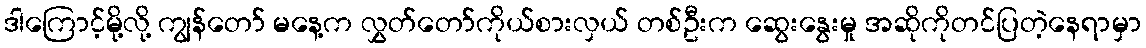
ဒါကြောင့်မို့လို့ ကျွန်တော် မနေ့က လွှတ်တော်ကိုယ်စားလှယ် တစ်ဦးက ဆွေးနွေးမှု အဆိုကိုတင်ပြတဲ့နေရာမှာ